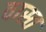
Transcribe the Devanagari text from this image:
वास्त